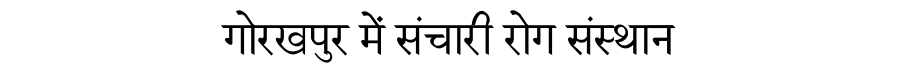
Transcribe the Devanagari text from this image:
गोरखपुर में संचारी रोग संस्थान